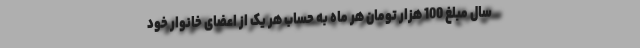
سال مبلغ 100 هزار تومان هر ماه به حساب هر یک از اعضای خانوار خود